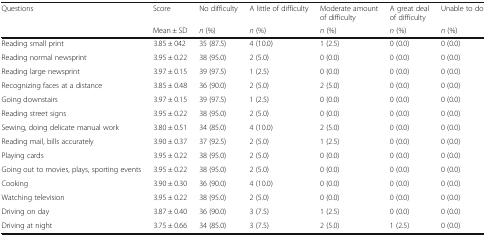
<table><thead><tr><td rowspan="2"><b>Questions</b></td><td><b>Score</b></td><td><b>No difficulty</b></td><td><b>A little of difficulty</b></td><td><b>Moderate amount of difficulty</b></td><td><b>A great deal of difficulty</b></td><td><b>Unable to do</b></td></tr><tr><td><b>Mean ± SD</b></td><td><b><i>n</i> (%)</b></td><td><b><i>n</i> (%)</b></td><td><b><i>n</i> (%)</b></td><td><b><i>n</i> (%)</b></td><td><b><i>n</i> (%)</b></td></tr></thead><tbody><tr><td>Reading small print</td><td>3.85 ± 042</td><td>35 (87.5)</td><td>4 (10.0)</td><td>1 (2.5)</td><td>0 (0.0)</td><td>0 (0.0)</td></tr><tr><td>Reading normal newsprint</td><td>3.95 ± 0.22</td><td>38 (95.0)</td><td>2 (5.0)</td><td>0 (0.0)</td><td>0 (0.0)</td><td>0 (0.0)</td></tr><tr><td>Reading large newsprint</td><td>3.97 ± 0.15</td><td>39 (97.5)</td><td>1 (2.5)</td><td>0 (0.0)</td><td>0 (0.0)</td><td>0 (0.0)</td></tr><tr><td>Recognizing faces at a distance</td><td>3.85 ± 0.48</td><td>36 (90.0)</td><td>2 (5.0)</td><td>2 (5.0)</td><td>0 (0.0)</td><td>0 (0.0)</td></tr><tr><td>Going downstairs</td><td>3.97 ± 0.15</td><td>39 (97.5)</td><td>1 (2.5)</td><td>0 (0.0)</td><td>0 (0.0)</td><td>0 (0.0)</td></tr><tr><td>Reading street signs</td><td>3.95 ± 0.22</td><td>38 (95.0)</td><td>2 (5.0)</td><td>0 (0.0)</td><td>0 (0.0)</td><td>0 (0.0)</td></tr><tr><td>Sewing, doing delicate manual work</td><td>3.80 ± 0.51</td><td>34 (85.0)</td><td>4 (10.0)</td><td>2 (5.0)</td><td>0 (0.0)</td><td>0 (0.0)</td></tr><tr><td>Reading mail, bills accurately</td><td>3.90 ± 0.37</td><td>37 (92.5)</td><td>2 (5.0)</td><td>1 (2.5)</td><td>0 (0.0)</td><td>0 (0.0)</td></tr><tr><td>Playing cards</td><td>3.95 ± 0.22</td><td>38 (95.0)</td><td>2 (5.0)</td><td>0 (0.0)</td><td>0 (0.0)</td><td>0 (0.0)</td></tr><tr><td>Going out to movies, plays, sporting events</td><td>3.95 ± 0.22</td><td>38 (95.0)</td><td>2 (5.0)</td><td>0 (0.0)</td><td>0 (0.0)</td><td>0 (0.0)</td></tr><tr><td>Cooking</td><td>3.90 ± 0.30</td><td>36 (90.0)</td><td>4 (10.0)</td><td>0 (0.0)</td><td>0 (0.0)</td><td>0 (0.0)</td></tr><tr><td>Watching television</td><td>3.95 ± 0.22</td><td>38 (95.0)</td><td>2 (5.0)</td><td>0 (0.0)</td><td>0 (0.0)</td><td>0 (0.0)</td></tr><tr><td>Driving on day</td><td>3.87 ± 0.40</td><td>36 (90.0)</td><td>3 (7.5)</td><td>1 (2.5)</td><td>0 (0.0)</td><td>0 (0.0)</td></tr><tr><td>Driving at night</td><td>3.75 ± 0.66</td><td>34 (85.0)</td><td>3 (7.5)</td><td>2 (5.0)</td><td>1 (2.5)</td><td>0 (0.0)</td></tr></tbody></table>